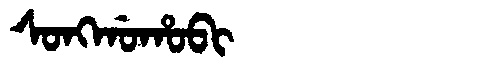
Manchu: ᠰᠣᠩᡤᠣᡥᠣᠪᡳ
Romanization: SONGGOHOBI